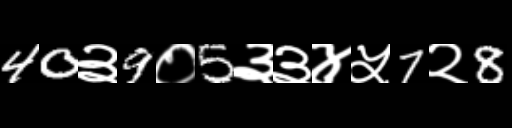
Text: 40३9०5३३४५7२8